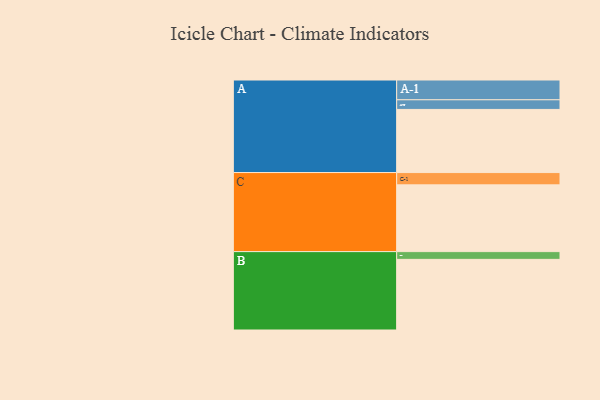
{"axis": {"x": "Segment", "y": "Value"}, "legend": ["", "A", "B", "C"], "data": [{"x": "A", "y": 472, "type": ""}, {"x": "B", "y": 528, "type": ""}, {"x": "C", "y": 499, "type": ""}, {"x": "A-1", "y": 148, "type": "A"}, {"x": "A-2", "y": 72, "type": "A"}, {"x": "B-1", "y": 58, "type": "B"}, {"x": "C-1", "y": 92, "type": "C"}]}